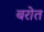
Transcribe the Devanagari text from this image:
बरोत